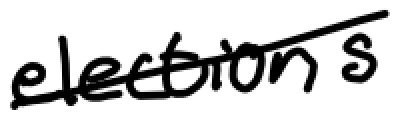
Text: elections
Cross-out: diagonal
Writing tool: digital_black